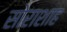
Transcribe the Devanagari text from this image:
सोराशाह